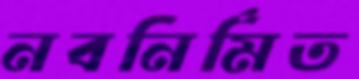
নবনির্মিত